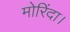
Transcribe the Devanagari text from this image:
मोरिंदा।